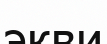
экви